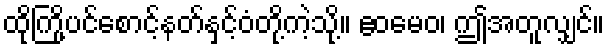
ထိုကြို့ပင်စောင့်နတ်နှင့်ဝံတို့ကဲ့သို့။ ဧဝမေဝ၊ ဤအတူလျှင်။